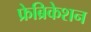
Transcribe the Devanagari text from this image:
फ्रेब्रिकेशन